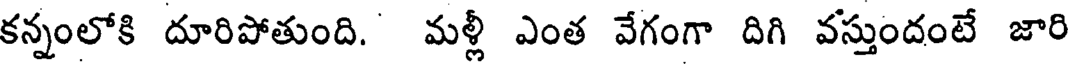
కన్నంలోకి దూరిపోతుంది. మళ్లీ ఎంత వేగంగా దిగి వస్తుందంటే జారి